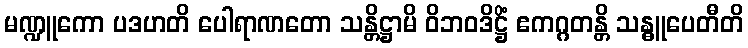
မဏ္ဍူကော ပဒဟတိ ပေါရာဏတော သန္တိဋ္ဌာမိ ဝိဘဝဒိဋ္ဌိံ ဧကဂ္ဂတန္တိ သန္ဓူပေတီတိ